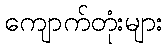
ကျောက်တုံးများ